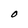
Character: O